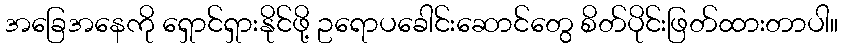
အခြေအနေကို ရှောင်ရှားနိုင်ဖို့ ဥရောပခေါင်းဆောင်တွေ စိတ်ပိုင်းဖြတ်ထားတာပါ။